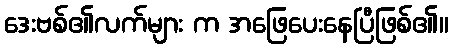
ဒေးဗစ်၏လက်များ က အဖြေပေးနေပြီဖြစ်၏။